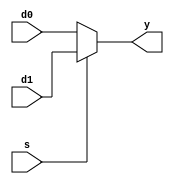
`timescale 1ns/1ns


module mux2 (d0,d1,s,y);

parameter n=32;

input [n-1:0] d0;
input [n-1:0] d1;
input s;
output [n-1:0] y;

assign y = s ? d1 : d0;

endmodule